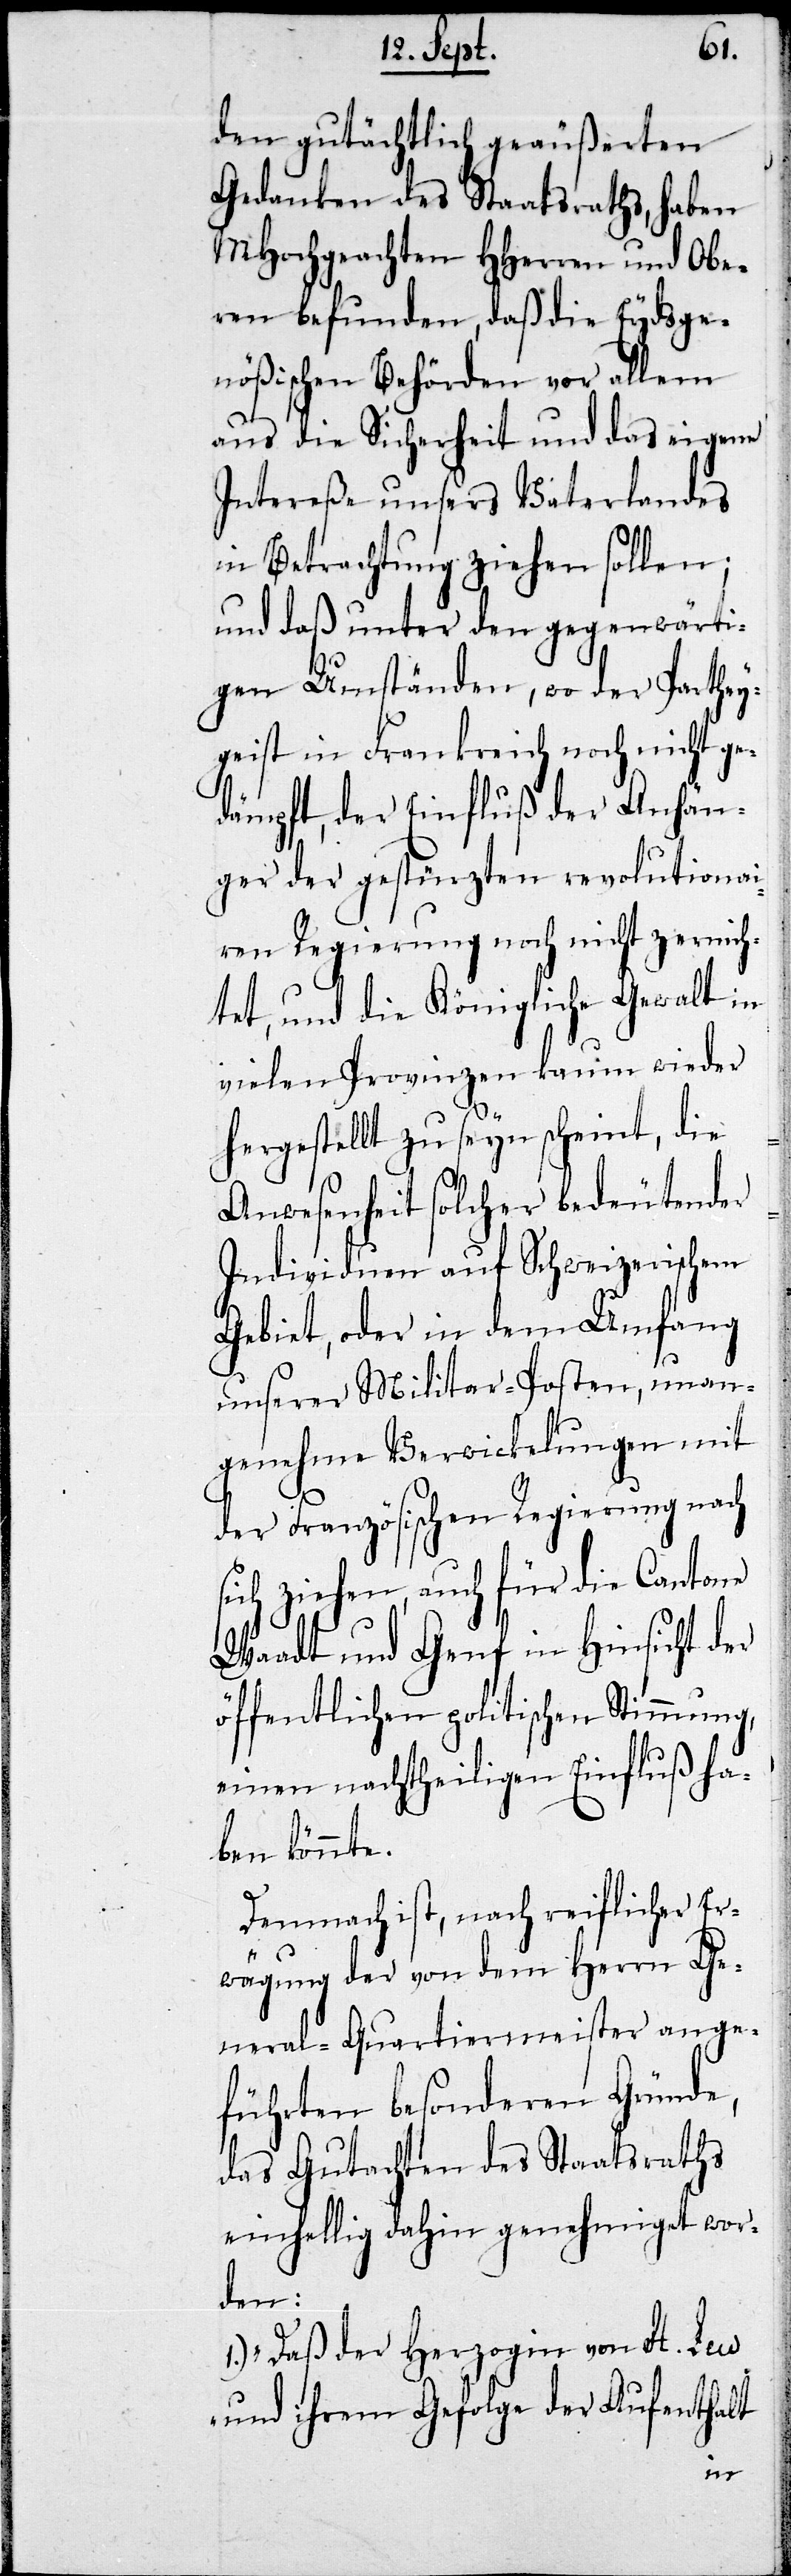
den gutächtlich geäußerten
Gedanken des Staatsraths, haben
MHochgeachten HHerren und Obe¬
ren befunden, daß die Eydsge¬
nößischen Behörden vor allem
auf die Sicherheit und das eigene
Intereße unsers Vaterlandes
in Betrachtung ziehen sollen,
und daß unter den gegenwärti¬
gen Umständen, wo der Parthey¬
geist in Frankreich noch nicht ge¬
dämpft, der Einfluß der Anhän¬
ger der gestürzten revolutionai¬
ren Regierung noch nicht zernich¬
tet, und die Königliche Gewalt in
vielen Provinzen kaum wieder
hergestellt zu seyn scheint, die
Anwesenheit solcher bedeutender
Individuen auf Schweizerischem
Gebiet, oder in dem Umfang
unserer Militar-Posten, unan¬
genehme Verwicklungen mit
der Französischen Regierung nach
sich ziehen, auch für die Cantone
Waadt und Genf in Hinsicht der
öffentlichen politischen Stimmung,
einen nachtheiligen Einfluß ha¬
ben könnte.
Demnach ist, nach reifflicher Er¬
wägung der von dem Herrn Ge¬
neral-Quartiermeister ange¬
führten besonderen Gründe,
das Gutachten des Staatsraths
einhellig dahin genehmiget wor¬
den:
1.) „Daß der Herzogin von St. Leu
und ihrem Gefolge der Aufenthalt